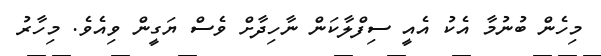
މިހެން ބުނުމާ އެކު އެއީ ސިފްލާކަން ނާހިދާށް ވެސް ޔަގީން ވިއެވެ. މިހާރު